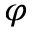
\varphi